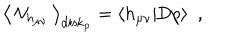
LaTeX: \big \langle \, { \cal V } _ { h _ { \mu \nu } } \, \big \rangle _ { \mathrm { d i s k } _ { p } } = \langle h _ { \mu \nu } | \mathrm { D } p \rangle ~ ~ ,